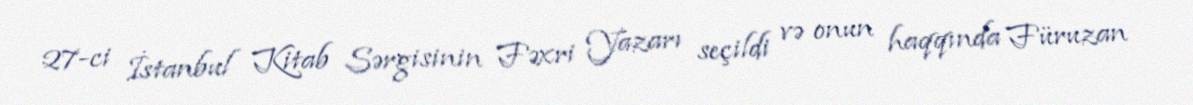
27-ci İstanbul Kitab Sərgisinin Fəxri Yazarı seçildi və onun haqqında Füruzan